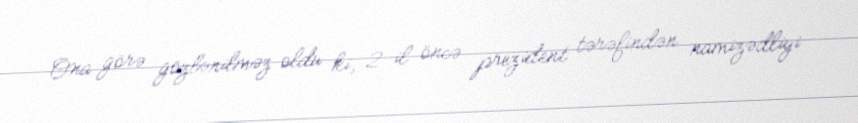
Ona görə gözlənilməz oldu ki, 2 il öncə prezident tərəfindən namizədliyi